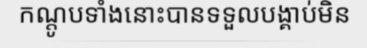
កណ្តូបទាំងនោះបានទទួលបង្គាប់មិន